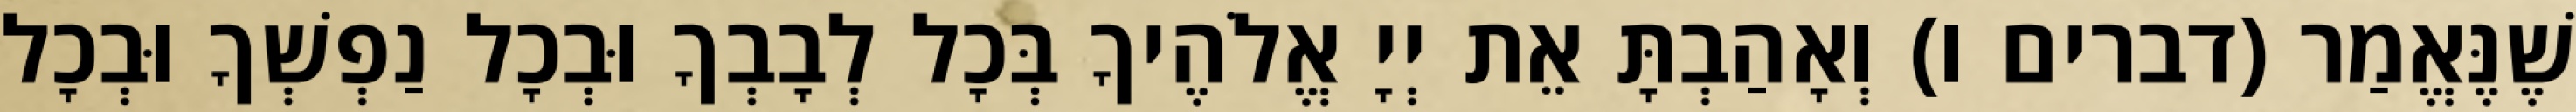
שֶׁנֶּאֱמַר (דברים ו) וְאָהַבְתָּ אֵת יְיָ אֱלֹהֶיךָ בְּכָל לְבָבְךָ וּבְכָל נַפְשְׁךָ וּבְכָל